King Institute of Preventive Medicine Micro-Biological Section reports 1912-19
Year: 1912
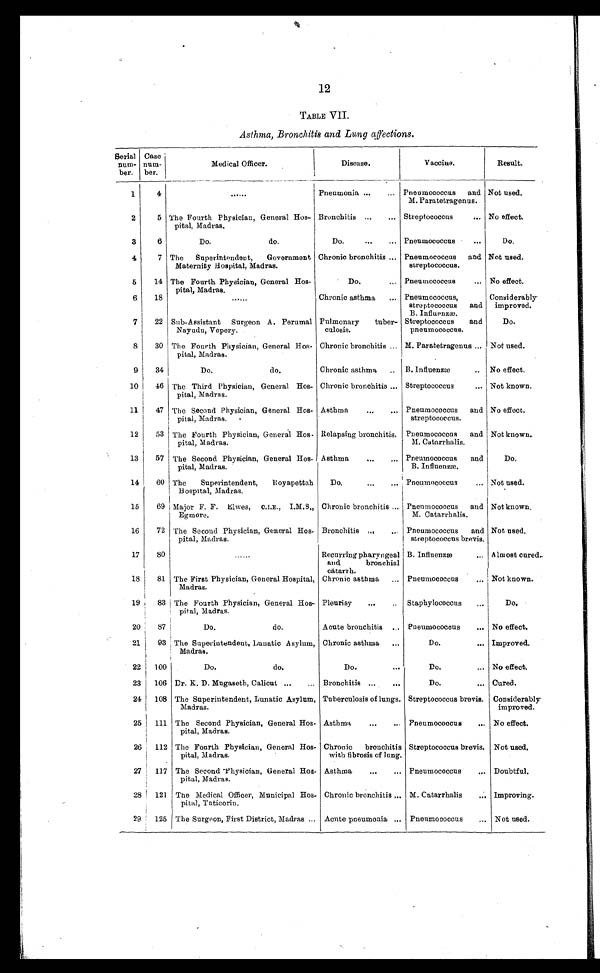
12
TABLE VII.
Asthma, Bronchitis and Lung affections.
Serial
num-
ber.
Case
num-
ber.
Medical Officer.
Disease.
Vaccine.
Result.
1
4
......
Pneumonia ...
Pneumococcus and
M. Paratetragenus.
Not used.
2
5 The Fourth Physician, General Hos-
pital, Madras.
Bronchitis ...
... Streptococcus
... No effect.
3
6
Do.
do.
Do.
...
... Pneumococcus
...
Do.
4
7 The Superintendent,
Government
Maternity Hospital, Madras.
Chronic bronchitis ... Pneumococcus and
streptococcus.
Not used.
5
14 The Fourth Physician, General Hos-
pital, Madras.
Do.
... Pneumococcus
... No effect.
6
18
......
Chronic asthma ... Pneumococcus,
streptococcus and
B. Influenzæ.
Considerably
improved.
7
22 Sub-Assistant Surgeon A. Perumal
Nayudu, Vepery.
Pulmonary
tuber-
culosis.
Streptococcus
and
pneumococcus.
Do.
8
30 The Fourth Physician, General Hos-
pital, Madras.
Chronic bronchitis ... M. Paratetragenus ... Not used.
9
34
Do.
do.
Chronic asthma .. B. Influenzæ
.. No effect.
10
46 The Third Physician, General Hos-
pital, Madras.
Chronic bronchitis ... Streptococcus
... Not known.
11
47 The Second Physician, General Hos-
pital, Madras.
Asthma
...
... Pneumococcus and
streptococcus.
No effect.
12
53 The Fourth Physician, General Hos-
pital, Madras.
Relapsing bronchitis. Pneumococcus and
M. Catarrhalis.
Not known.
13
57 The Second Physician, General Hos-
pital, Madras.
Asthma
...
... Pneumococcus and
B. Influenzæ.
Do.
14
60 The
Superintendent,
Royapettah
Hospital, Madras.
Do.
...
... Pneumococcus
... Not used.
15
69 Major F. F. Elwes, C.I.E., I.M.S.,
Egmore.
Chronic bronchitis ... Pnenmococcus and
M. Catarrhalis.
Not known.
16
72 The Second Physician, General Hos-
pital, Madras.
Bronchitis ...
... Pneumococcus and
streptococcus brevis.
Not used.
17
80
......
Recurring pharyngeal
and
bronchial
catarrh.
B. Influenzæ
... Almost cured.
18
81 The First Physician, General Hospital,
Madras.
Chronic asthma ... Pneumococcus
... Not known.
19
83 The Fourth Physician, General Hos-
pital, Madras.
Pleurisy
...
.. Staphylococcus
...
Do.
20
87
Do.
do.
Acute bronchitis ... Pneumococcus
... No effect.
21
93 The Superintendent, Lunatic Asylum,
Madras.
Chronic asthma ...
Do.
... Improved.
22 100
Do.
do.
Do.
Do.
... No effect.
23 106 Dr. K. D. Mugaseth, Calicut ...
... Bronchitis ...
...
Do.
... Cured.
24 108 The Superintendent, Lunatic Asylum,
Madras.
Tuberculosis of lungs. Streptococcus brevis. Considerably
improved.
25 111 The Second Physician, General Hos-
pital, Madras.
Asthma
...
... Pneumococcus
... No effect.
26 112 The Fourth Physician, General Hos-
pital, Madras.
Chronic bronchitis
with fibrosis of lung.
Streptococcus brevis. Not used.
27 117 The Second Physician, General Hos-
pital, Madras.
Asthma
...
... Pneumococcus
... Doubtful.
28 121 The Medical Officer, Municipal Hos-
pital, Tuticorin.
Chronic bronchitis ... M. Catarrhalis
... Improving.
29 125 The Surgeon, First District, Madras ... Acute pneumonia ... Pneumococcus
Not used.